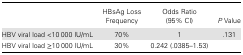
<table><thead><tr><td></td><td><b>HBsAg Loss Frequency</b></td><td><b>Odds Ratio (95% CI)</b></td><td><b><i>P</i> Value</b></td></tr></thead><tbody><tr><td>HBV viral load &lt;10 000 IU/mL</td><td>70%</td><td>1</td><td>.131</td></tr><tr><td>HBV viral load ≥10 000 IU/mL</td><td>30%</td><td>0.242 (.0385–1.53)</td><td></td></tr></tbody></table>